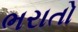
ભરાતો